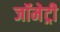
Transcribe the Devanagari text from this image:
जॉमेट्री